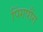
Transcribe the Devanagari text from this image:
पिंगपौंग